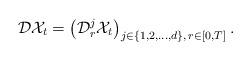
LaTeX: \begin{align*} \mathcal{D}\mathcal{X}_t = \left(\mathcal{D}^{j}_{r}\mathcal{X}_t\right)_{ j\in\{1,2,\dots, d\},\, r \in [0,T]}.\end{align*}